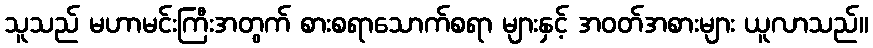
သူသည် မဟာမင်းကြီးအတွက် စားစရာသောက်စရာ များနှင့် အဝတ်အစားများ ယူလာသည်။